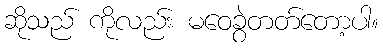
ဆိုသည် ကိုလည်း မဝေခွဲတတ်တော့ပါ။